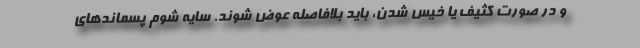
و در صورت کثیف یا خیس شدن، باید بلافاصله عوض شوند. سایه شوم پسماندهای